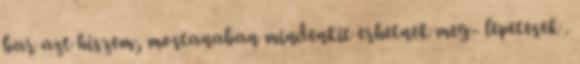
bar azt hiszem, mostanaban mindenkit erhetnek meg- lepetesek .